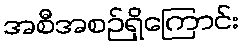
အစီအစဉ်ရှိကြောင်း